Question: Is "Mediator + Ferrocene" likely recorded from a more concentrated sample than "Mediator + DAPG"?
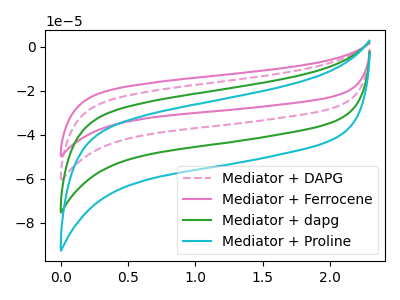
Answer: <think>The pink dashed curve "Mediator + DAPG" has no peaks. The pink curve "Mediator + Ferrocene" has no peaks. The green curve "Mediator + dapg" has no peaks. The cyan curve "Mediator + Proline" has no peaks.
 Neither "Mediator + Ferrocene" or "Mediator + DAPG" have any peaks.</think>
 <answer>I cant tell if "Mediator + Ferrocene" or "Mediator + DAPG" has more signal.</answer>
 <eval>mixed_signal</eval>